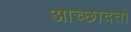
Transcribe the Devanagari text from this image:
आच्छादतो